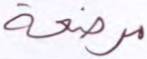
مرضعة